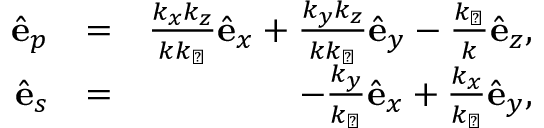
\begin{array} { r l r } { \hat { \bf e } _ { p } } & { = } & { \frac { k _ { x } k _ { z } } { k k _ { \perp } } \hat { \bf e } _ { x } + \frac { k _ { y } k _ { z } } { k k _ { \perp } } \hat { \bf e } _ { y } - \frac { k _ { \perp } } { k } \hat { \bf e } _ { z } , } \\ { \hat { \bf e } _ { s } } & { = } & { - \frac { k _ { y } } { k _ { \perp } } \hat { \bf e } _ { x } + \frac { k _ { x } } { k _ { \perp } } \hat { \bf e } _ { y } , } \end{array}